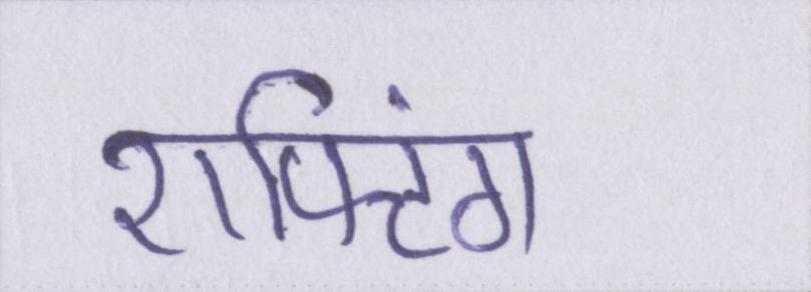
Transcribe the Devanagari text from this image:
राफ्टिंग